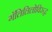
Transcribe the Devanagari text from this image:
गॅलिलिलोविरुद्ध